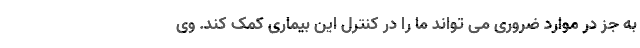
به جز در موارد ضروری می تواند ما را در کنترل این بیماری کمک کند. وی